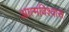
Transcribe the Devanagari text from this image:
आत्‍मविश्‍वास